Annual report of the Central Committee of the Association together with the report of the directors of the Pasteur Institute at Kasauli
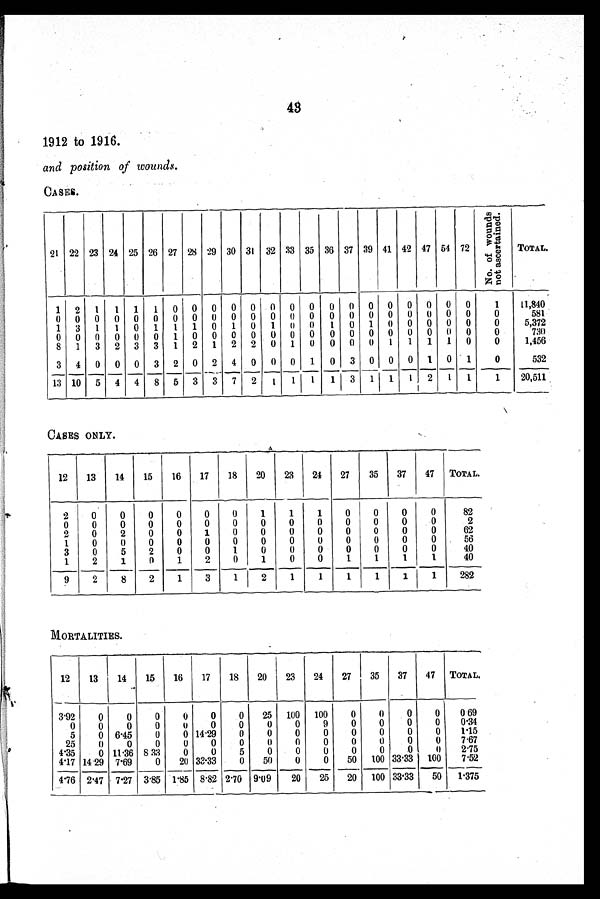
1912 to 1916.
and position of wounds.
GASES.
21 22 23 24 25 26 27 28 29 30 31 32 33 35 36 37 39 41 42 47 54 72
N o . o f w o u n d s n o t a s c e r t a i n e d .
TOTAL.
1 2 1 1 1 1 0 0 0 0 0 0 0 0 0 0 0 0 0 0 0 0
1
11,840
0 0 0 0 0 0 0 0 0 0 0 0 0 0 0 0 0 0 0 0 0 0
0
581
1 3 1 1 0 1 1 1 0 1 0 1 0 0 1 0 1 0 0 0 0 0
0
5,372
0 0 0 0 0 0 1 0 0 0 0 0 0 0 0 0 0 0 0 0 0 0
0
730
8 1 3 2 3 3 1 2 1 2 2 0 1 0 0 0 0 1 1 1 1 0
0
1,456
3 4 0 0 0 3 2 0 2 4 0 0 0 1 0 3 0 0 0 1 0 1
0
532
13 10 5 4 4 8 5 3 3 7 2 1 1 1 1 3 1 1 1 2 1 1
1
20,511
CASES ONLY.
12
13
14
15
16
17
18
20
23
24
27
35
37
47 TOTAL.
2
0
0
0
0
0
0
1
1
1
0
0
0
0
82
0
0
0
0
0
0
0
0
0
0
0
0
0
0
2
2
0
2
0
0
1
0
0
0
0
0
0
0
0
62
1
0
0
0
0
0
0
0
0
0
0
0
0
0
56
3
0
5
2
0
0
1
0
0
0
0
0
0
0
40
1
2
1
0
1
2
0
1
0
0
1
1
1
1
40
9
2
8
2
1
3
1
2
1
1
1
1
1
1
282
MORTALITIES.
12
13
14
15
16
17
18
20
23
24
27
35
37
47 TOTAL.
3.92
0
0
0
0
0
0
25 100 100
0
0
0
0
0 69
0
0
0
0
o
0
0
0
0
9
0
0
0
0
0 . 3 4
5
0 6.45
0
0
1 4 . 2 9
0
0
0
0
0
0
0
0
1.15
25
0
0
0
0
0
0
0
0
0
0
0
0
0
7.67
4 . 3 5
0 11.36 8.33
0
0
5
0
0
0
0
0
.0
0
2.75
4.17
1 4 . 2 9
7 . 6 9
0
20 33.33
0
50
0
0
50 100 33.33 100
7.52
4.76 2.47 7.27 3.85 1.85 8.82
2 . 7 0 9.09
20
25
20 100 33.33
50 1.375